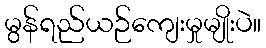
မွန်ရည်ယဉ်ကျေးမှုမျိုးပဲ။